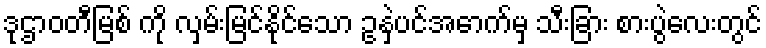
ဒုဌာဝတီမြစ် ကို လှမ်းမြင်နိုင်သော ဥနှဲပင်အောက်မှ သီးခြား စားပွဲလေးတွင်